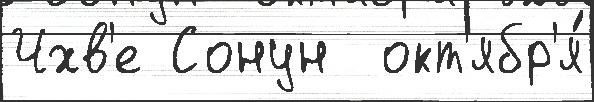
Чхв'е Сонун  окт'ябр'я́